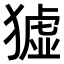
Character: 𤡣